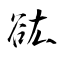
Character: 谹